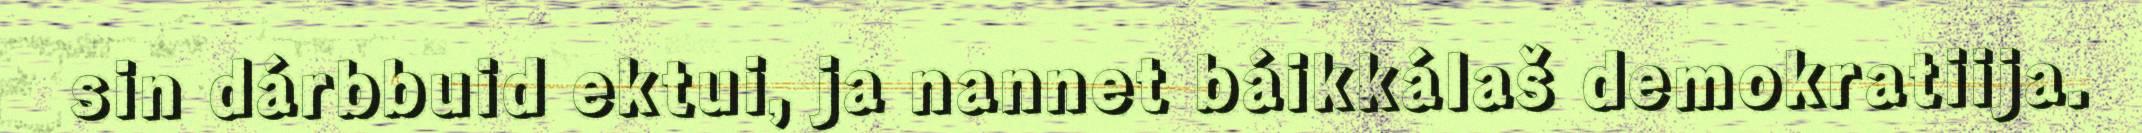
sin dárbbuid ektui, ja nannet báikkálaš demokratiija.